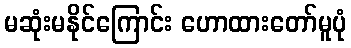
မဆုံးမနိုင်ကြောင်း ဟောထားတော်မူပုံ